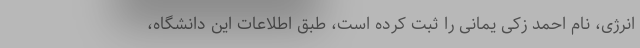
انرژی، نام احمد زکی یمانی را ثبت کرده است، طبق اطلاعات این دانشگاه،